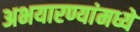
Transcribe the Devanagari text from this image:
अभयारण्यांमध्ये